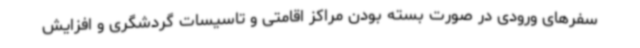
سفرهای ورودی در صورت بسته بودن مراکز اقامتی و تاسیسات گردشگری و افزایش